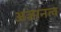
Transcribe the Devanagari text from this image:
अज्ञानत्व